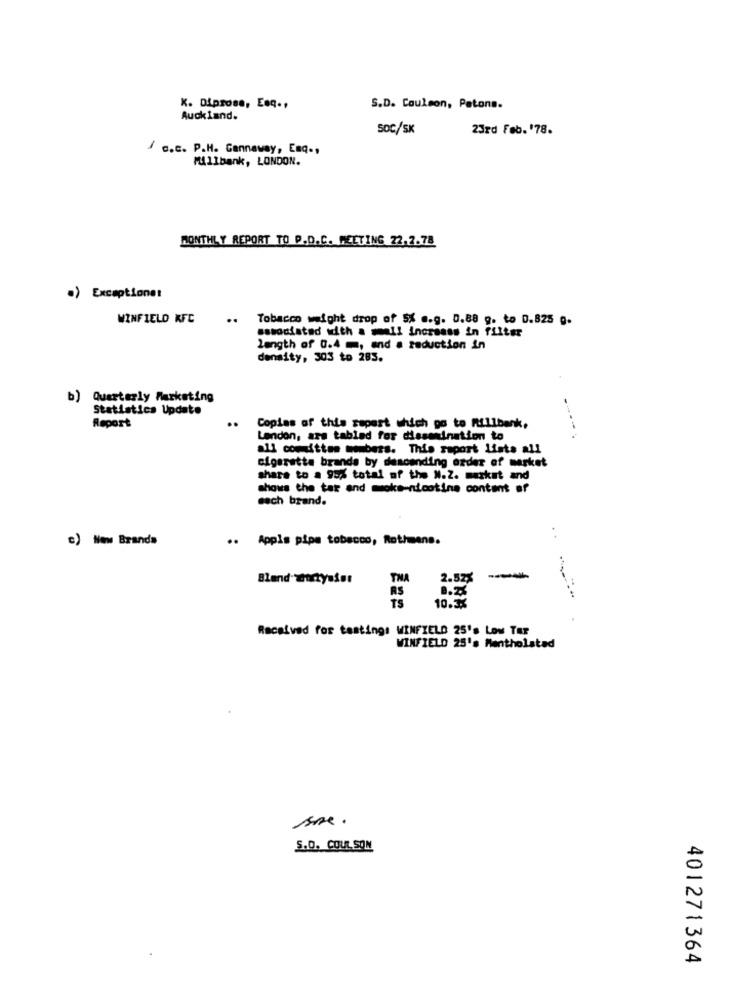
K. Diprose, Esq .,
S.D. Coulson, Petons.
Auckland.
SOC/SK
23rd Feb. '78.
/ c.c. P.H. Cannaway, Esq .,
Millbank, LONDON.
MONTHLY REPORT TO P.D.C. MEETING 22.2.78
.) Exceptionet
WINFIELD KFC
..
Tobacco weight drop of 5X .. g. 0.88 g. to 0.825 0.
sasociated with a small increase in filter
length of 0.4 m, and a reduction in
density, 303 to 285.
b) Quarterly Marketing
Statistics Update
Report
Copias of this report which go to fillbank,
Lendon, ars tabled for dissemination to
all committee members. This raport Liste all
cigarette brands by descending order of market
share to a 95% total of the N.Z. market and
shows the tar and moke-nicotine content af
each brand.
c) New Brands
.. Appis pipe tobacco, Rothmans.
. .
Blend- Tortyafet
THA
2.52%
TS
10.33
Received for tastings WINFIELD 25's Low Tar
WINFIELD 25's Mentholated
S.D. COUL. SOM
401271364